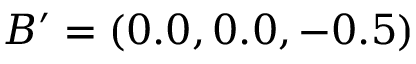
B ^ { \prime } = ( 0 . 0 , 0 . 0 , - 0 . 5 )